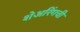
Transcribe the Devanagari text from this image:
शेअरिंगची